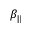
\beta _ { \| }